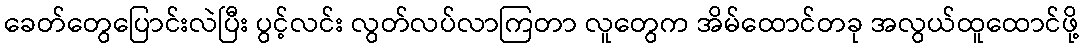
ခေတ်တွေပြောင်းလဲပြီး ပွင့်လင်း လွတ်လပ်လာကြတာ လူတွေက အိမ်ထောင်တခု အလွယ်ထူထောင်ဖို့